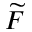
\widetilde { F }